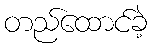
တည်ထောင်ခဲ့